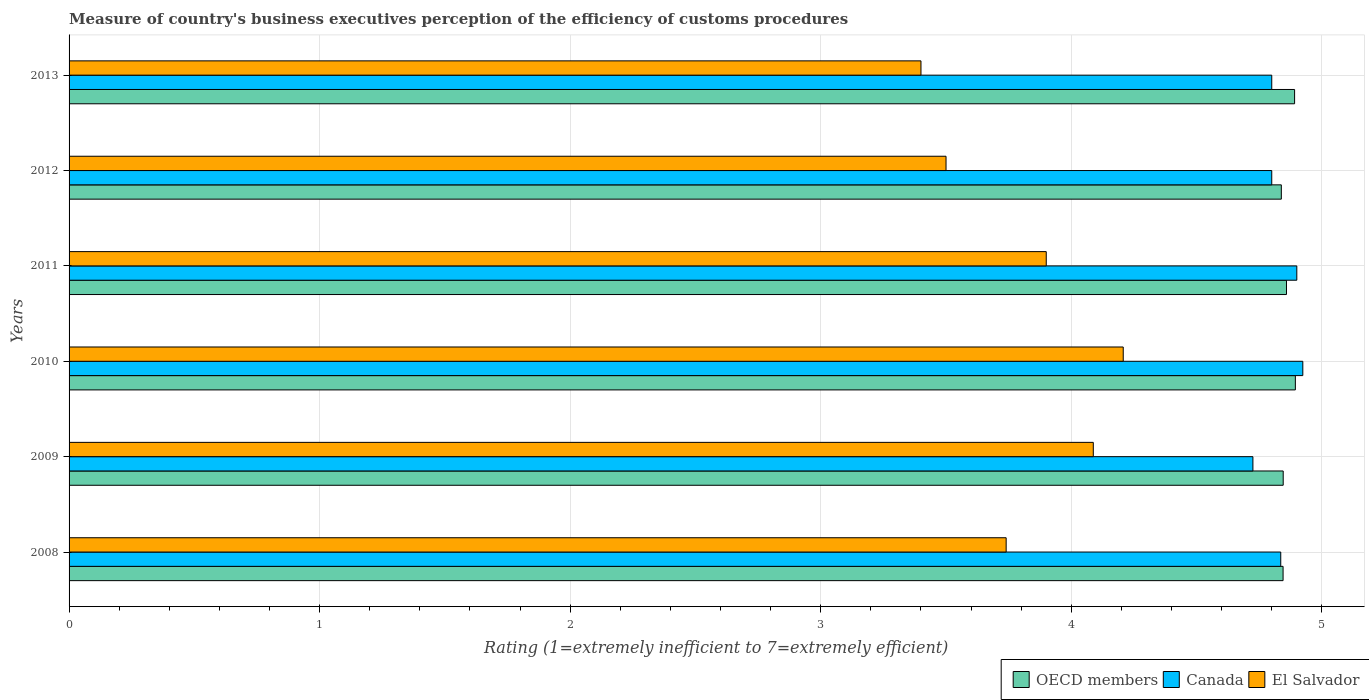
| Years | OECD members | Canada | El Salvador |
 | --- | --- | --- | --- |
 | 2008 | 4.85 | 4.84 | 3.74 |
 | 2009 | 4.85 | 4.72 | 4.09 |
 | 2010 | 4.89 | 4.92 | 4.21 |
 | 2011 | 4.86 | 4.9 | 3.9 |
 | 2012 | 4.84 | 4.8 | 3.5 |
 | 2013 | 4.89 | 4.8 | 3.4 |